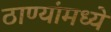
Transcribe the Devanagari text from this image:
ठाण्यांमध्ये